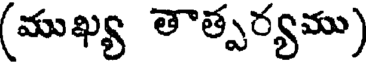
(ముఖ్య తాత్పర్యము)